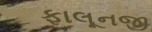
ફાલૂનજી